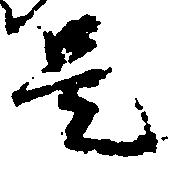
是